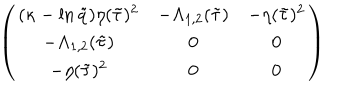
\left( \begin{array} { c c c } { { ( \kappa - \ln \tilde { q } ) \eta ( \tilde { \tau } ) ^ { 2 } } } & { { - \Lambda _ { 1 , 2 } ( \tilde { \tau } ) } } & { { - \eta ( \tilde { \tau } ) ^ { 2 } } } \\ { { - \Lambda _ { 1 , 2 } ( \tilde { \tau } ) } } & { { 0 } } & { { 0 } } \\ { { - \eta ( \tilde { \tau } ) ^ { 2 } } } & { { 0 } } & { { 0 } } \\ \end{array} \right)